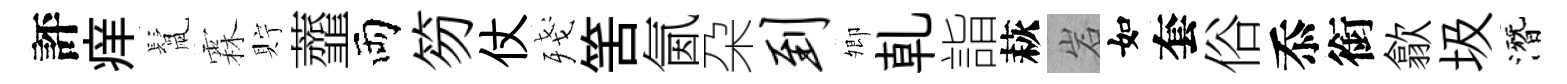
評痒鬛霖貯虀両笏仗殘筈氤朶到𡖖乹詣萩岩如套俗忝銜歙圾潛